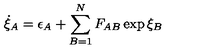
\dot { \xi } _ { A } = \epsilon _ { A } + \sum _ { B = 1 } ^ { N } F _ { A B } \exp \xi _ { B }